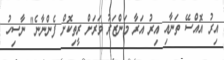
އިރު އޮއްސޭ ތަނާއި އިރު އަރާ މަންޒަރު ވަރަށް ރީތިކޮށް ފެންނާނެ" ނާސިހު